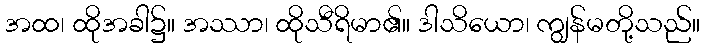
အထ၊ ထိုအခါ၌။ အဿာ၊ ထိုသီရိမာ၏။ ဒါသိယော၊ ကျွန်မတို့သည်။